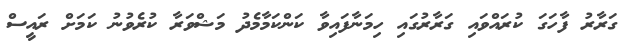
ގަރާރު ފާހަގަ ކުރައްވައި ގަރާރުގައި ހިމަނާފައިވާ ކަންކަމާމެދު މަޝްވަރާ ކުރެވުނު ކަމަށް ރައީސް